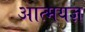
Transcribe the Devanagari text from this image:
आत्मयज्ञ